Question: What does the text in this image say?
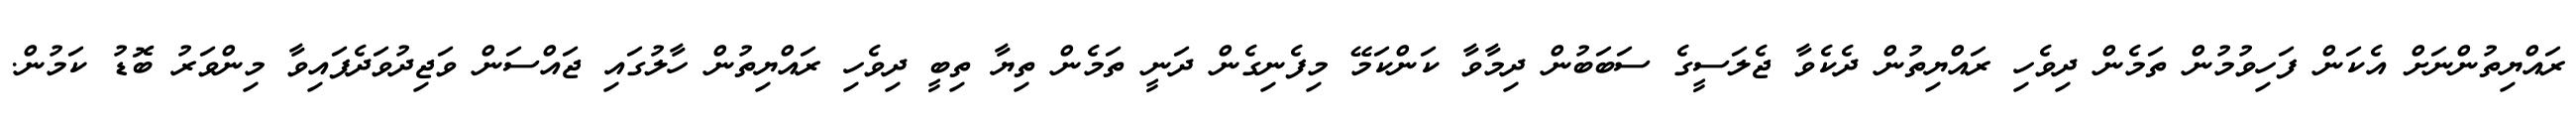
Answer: ރައްޔިތުންނަށް އެކަން ފަހިވުމުން ތަމެން ދިވެހި ރައްޔިތުން ދެކެވާ ޖެލަސީގެ ސަބަބުން ދިމާވާ ކަންކަމޭ މިފެނިގެން ދަނީ ތަމެން ތިޔާ ތިބީ ދިވެހި ރައްޔިތުން ހާލުގައި ޖައްސަން ވަޖިދުވަދެފައިވާ މިންވަރު ބޮޑު ކަމުން.